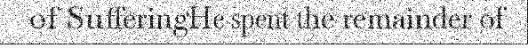
of SufferingHe spent the remainder of